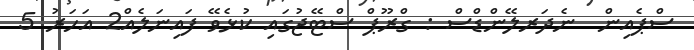
ސްޕެއިން  ނެދަރލޭންޑްސް : ގްރޫޕް ސްޓޭޖުގައި ކުޅެވޭ ފައިނަލެއް2 އަހަރު 5